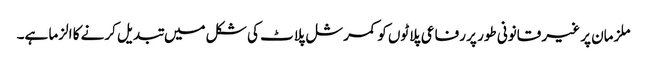
ملزمان پر غیر قانونی طور پر رفاعی پلاٹوں کو کمرشل پلاٹ کی شکل میں تبدیل کرنے کا الزما ہے۔